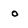
Character: o